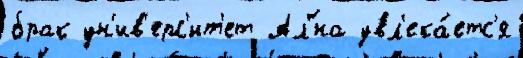
брак ун'ив'ерс'ит'ет Ал'́на увл'ека́етс'я